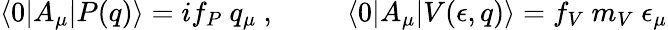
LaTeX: \langle 0|A_{\mu}|P(q)\rangle=if_{P}~q_{\mu}~,~~~~~~~~~~\langle 0|A_{\mu}|V(\epsilon,q)\rangle=f_{V}~m_{V}~\epsilon_{\mu}